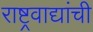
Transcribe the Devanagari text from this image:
राष्ट्रवाद्यांची